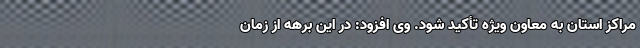
مراکز استان به معاون ویژه تأکید شود. وی افزود: در این برهه از زمان